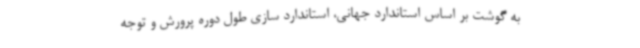
به گوشت بر اساس استاندارد جهانی، استاندارد سازی طول دوره پرورش و توجه